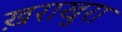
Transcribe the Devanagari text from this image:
ख़राखुरा